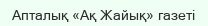
Апталық «Ақ Жайық» газеті